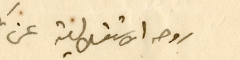
روحه الاستقلالية عن السدة البطرسية، بل نعرف ان كلَّ